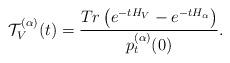
LaTeX: \begin{align*}\mathcal{T}_V^{(\alpha)}(t)=\frac{Tr\left(e^{-tH_{V}}-e^{-tH_{\alpha}}\right)}{p_t^{(\alpha)}(0)}.\end{align*}